Insane asylums in Bengal annual reports 1867-1875 - 1867-1875
Year: 1867
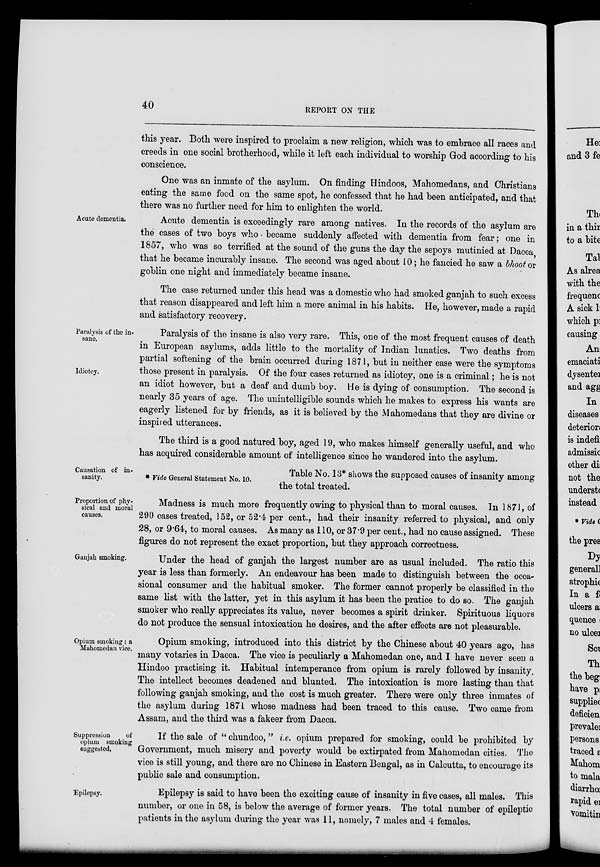
40
REPORT ON THE
this year. Both were inspired to proclaim a new religion, which was to embrace all races and
creeds in one social brotherhood, while it left each individual to worship God according to his
conscience.
One was an inmate of the asylum. On finding Hindoos, Mahomedans, and Christians
eating the same food on the same spot, he confessed that he had been anticipated, and that
there was no further need for him to enlighten the world.
Acute dementia.
Acute dementia is exceedingly rare among natives. In the records of the asylum are
the cases of two boys who became suddenly affected with dementia from fear; one in
1857, who was so terrified at the sound of the guns the day the sepoys mutinied at Dacca,
that he became incurably insane. The second was aged about 10; he fancied he saw a bhoot or
goblin one night and immediately became insane.
The case returned under this head was a domestic who had smoked ganjah to such excess
that reason disappeared and left him a mere animal in his habits. He, however, made a rapid
and satisfactory recovery.
Paralysis of the in-
sane.
Idiotcy.
Paralysis of the insane is also very rare. This, one of the most frequent causes of death
in European asylums, adds little to the mortality of Indian lunatics. Two deaths from
partial softening of the brain occurred during 1871, but in neither case were the symptoms
those present in paralysis. Of the four cases returned as idiotcy, one is a criminal; he is not
an idiot however, but a deaf and dumb boy. He is dying of consumption. The second is
nearly 35 years of age. The unintelligible sounds which he makes to express his wants are
eagerly listened for by friends, as it is believed by the Mahomedans that they are divine or
inspired utterances.
The third is a good natured boy, aged 19, who makes himself generally useful, and who
has acquired considerable amount of intelligence since he wandered into the asylum.
Causation of in-
sanity.
* Vide General Statement No. 10.
Table No. 13* shows the supposed causes of insanity among
the total treated.
Proportion of phy-
sical and moral
causes.
Madness is much more frequently owing to physical than to moral causes. In 1871, of
290 cases treated, 152, or 52.4 per cent., had their insanity referred to physical, and only
28, or 9.64, to moral causes. As many as 110, or 37.9 per cent., had no cause assigned. These
figures do not represent the exact proportion, but they approach correctness.
Ganjah smoking.
Under the head of ganjah the largest number are as usual included. The ratio this
year is less than formerly. An endeavour has been made to distinguish between the occa-
sional consumer and the habitual smoker. The former cannot properly be classified in the
same list with the latter, yet in this asylum it has been the pratice to do so. The ganjah
smoker who really appreciates its value, never becomes a spirit drinker. Spirituous liquors
do not produce the sensual intoxication he desires, and the after effects are not pleasurable.
Opium smoking; a
Mahomedan vice.
Opium smoking, introduced into this district by the Chinese about 40 years ago, has
many votaries in Dacca. The vice is peculiarly a Mahomedan one, and I have never seen a
Hindoo practising it. Habitual intemperance from opium is rarely followed by insanity.
The intellect becomes deadened and blunted. The intoxication is more lasting than that
following ganjah smoking, and the cost is much greater. There were only three inmates of
the asylum during 1871 whose madness had been traced to this cause. Two came from
Assam, and the third was a fakeer from Dacca.
Suppression
of
opium smoking
suggested.
If the sale of " chundoo," i.e. opium prepared for smoking, could be prohibited by
Government, much misery and poverty would be extirpated from Mahomedan cities. The
vice is still young, and there are no Chinese in Eastern Bengal, as in Calcutta, to encourage its
public sale and consumption.
Epilepsy.
Epilepsy is said to have been the exciting cause of insanity in five cases, all males. This
number, or one in 58, is below the average of former years. The total number of epileptic
patients in the asylum during the year was 11, namely, 7 males and 4 females.